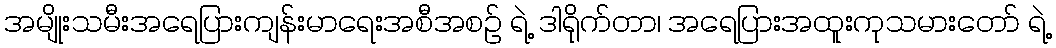
အမျိုးသမီးအရေပြားကျန်းမာရေးအစီအစဉ် ရဲ့ ဒါရိုက်တာ၊ အရေပြားအထူးကုသမားတော် ရဲ့